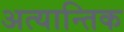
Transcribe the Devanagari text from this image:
अत्यान्तिक